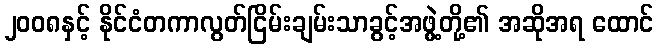
၂၀၀၈နှင့် နိုင်ငံတကာလွတ်ငြိမ်းချမ်းသာခွင့်အဖွဲ့တို့၏ အဆိုအရ ထောင်